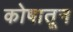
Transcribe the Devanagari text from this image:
कोषातून